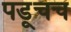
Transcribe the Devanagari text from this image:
पडूचच